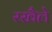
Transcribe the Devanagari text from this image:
रखैले